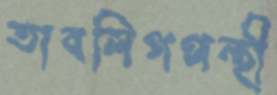
তাবলিগপন্থী